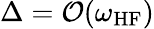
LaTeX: \Delta=\mathcal{O}(\omega_{\mathrm{HF}})